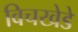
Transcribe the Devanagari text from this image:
विचखेडे